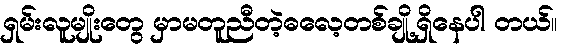
ရှမ်းလူမျိုးတွေ မှာမတူညီတဲ့ဓလေ့တစ်ချို့ရှိနေပါ တယ်။